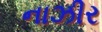
નાઝીર